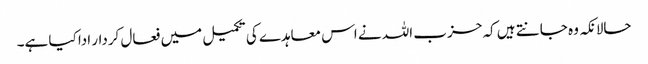
حالانکہ وہ جانتے ہیں کہ حزب اللہ نے اس معاہدے کی تکمیل میں فعال کردار ادا کیا ہے۔